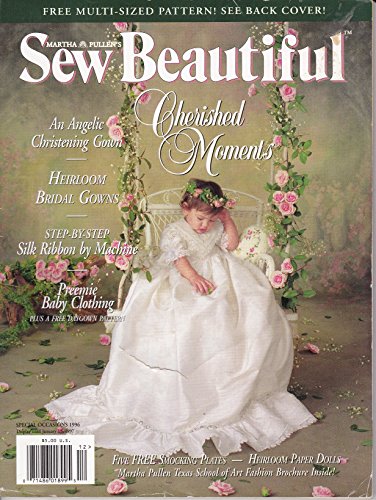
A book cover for Sew Beautiful (Special Occasions 1996); Martha Pullen; Crafts, Hobbies & Home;